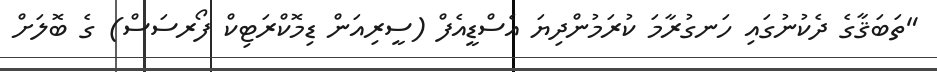
"ތަބަޤާގެ ދެކުނުގައި ހަނގުރާމަ ކުރަމުންދިޔަ އެސްޑީއެފް (ސީރިއަން ޑިމޮކްރަޓިކް ފޯރސަސް) ގެ ބޮލަށް